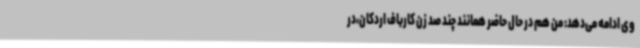
وی ادامه می‌دهد: من هم در حال حاضر همانند چند صد زن کارباف اردکان،در